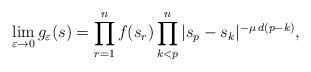
LaTeX: \begin{align*}\lim\limits_{\varepsilon\rightarrow 0} g_\varepsilon(s) = \prod\limits_{r=1}^n f(s_r)\prod\limits_{k<p}^n |s_p-s_k|^{-\mu\,d(p-k)},\end{align*}